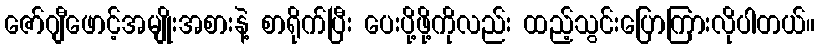
ဇော်ဂျီဖောင့်အမျိုးအစားနဲ့ စာရိုက်ပြီး ပေးပို့ဖို့ကိုလည်း ထည့်သွင်းပြောကြားလိုပါတယ်။